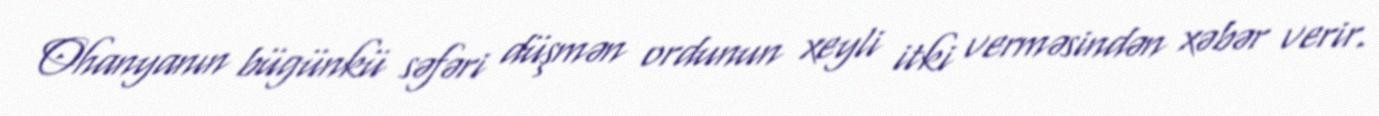
Ohanyanın bügünkü səfəri düşmən ordunun xeyli itki verməsindən xəbər verir.